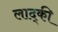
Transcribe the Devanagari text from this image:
लाद्की